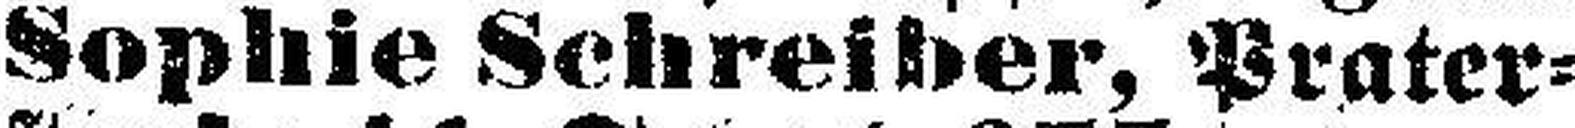
Sophie Schreiber, Prater¬